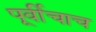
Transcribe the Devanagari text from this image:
पूर्वीचाच